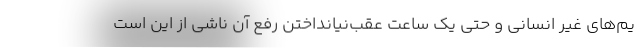
یم‌های غیر انسانی و حتی یک ساعت عقب‌نیانداختن رفع آن ناشی از این است